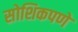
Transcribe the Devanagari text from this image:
सोशिकपणे